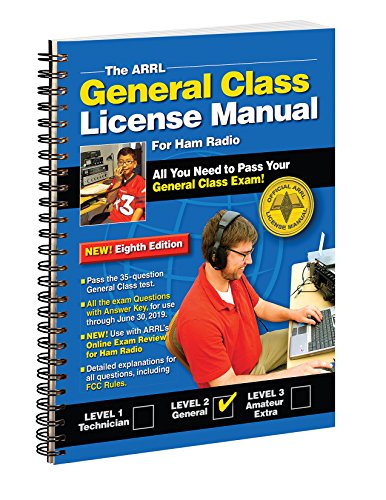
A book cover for The ARRL General Class License Manual Spiral Bound; ARRL Inc.; Humor & Entertainment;